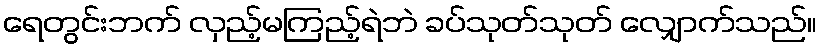
ရေတွင်းဘက် လှည့်မကြည့်ရဲဘဲ ခပ်သုတ်သုတ် လျှောက်သည်။